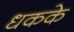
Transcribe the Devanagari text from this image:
धकके